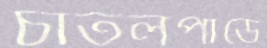
চাতলপাড়ে